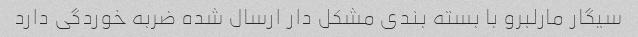
سیگار مارلبرو با بسته بندی مشکل دار ارسال شده ضربه خوردگی دارد